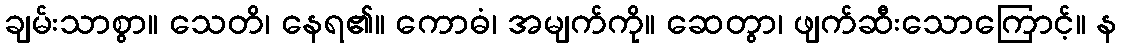
ချမ်းသာစွာ။ သေတိ၊ နေရ၏။ ကောဓံ၊ အမျက်ကို။ ဆေတွာ၊ ဖျက်ဆီးသောကြောင့်။ န